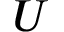
U